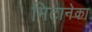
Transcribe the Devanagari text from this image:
मिटानेका